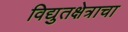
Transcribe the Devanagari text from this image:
विद्युतक्षेत्राचा